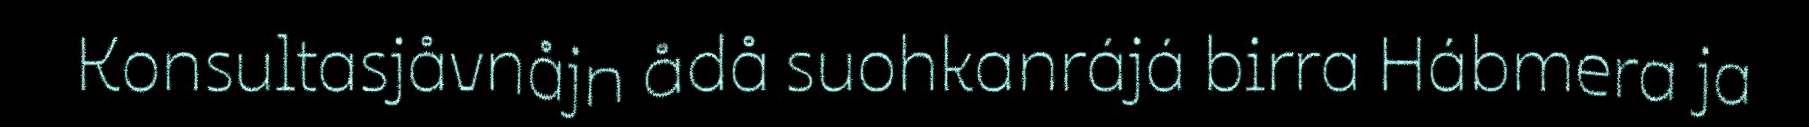
Konsultasjåvnåjn ådå suohkanrájá birra Hábmera ja